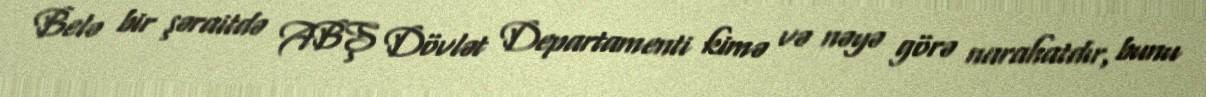
Belə bir şəraitdə ABŞ Dövlət Departamenti kimə və nəyə görə narahatdır, bunu